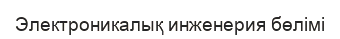
Электроникалық инженерия бөлімі